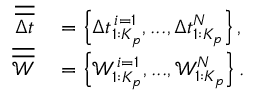
\begin{array} { r l } { \overline { { \overline { { \Delta t } } } } } & { { } = \left\{ \Delta t _ { 1 : K _ { p } } ^ { \, i = 1 } , . . . , \Delta t _ { 1 : K _ { p } } ^ { N } \right\} , } \\ { \overline { { \overline { { \mathcal { W } } } } } } & { { } = \left\{ \mathcal { W } _ { 1 : K _ { p } } ^ { \, i = 1 } , . . . , \mathcal { W } _ { 1 : K _ { p } } ^ { N } \right\} . } \end{array}